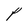
Character: P